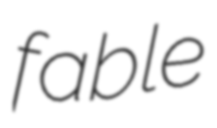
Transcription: fable